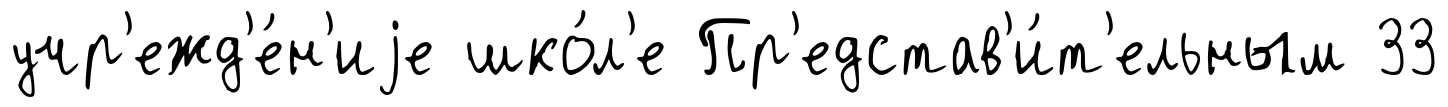
учр'ежд'е́н'иjе шко́л'е Пр'едстав'и́т'ельным 33